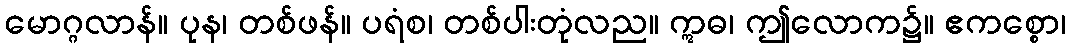
မောဂ္ဂလာန်။ ပုန၊ တစ်ဖန်။ ပရံစ၊ တစ်ပါးတုံလည။ ဣဓ၊ ဤလောက၌။ ဧကစ္စော၊